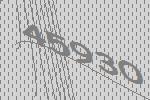
45930